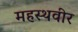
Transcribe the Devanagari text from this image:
महस्थवीर